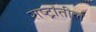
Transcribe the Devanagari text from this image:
राष्ट्रांतील